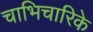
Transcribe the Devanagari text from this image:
चाभिचारिके